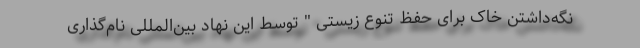
نگه‌داشتن خاک برای حفظ تنوع زیستی " توسط این نهاد بین‌المللی نام‌گذاری